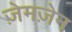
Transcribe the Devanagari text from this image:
ज़ेमज़ेन